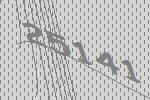
25141